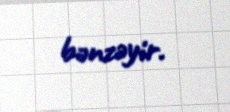
bənzəyir.